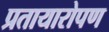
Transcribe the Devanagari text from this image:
प्रतायारोपण